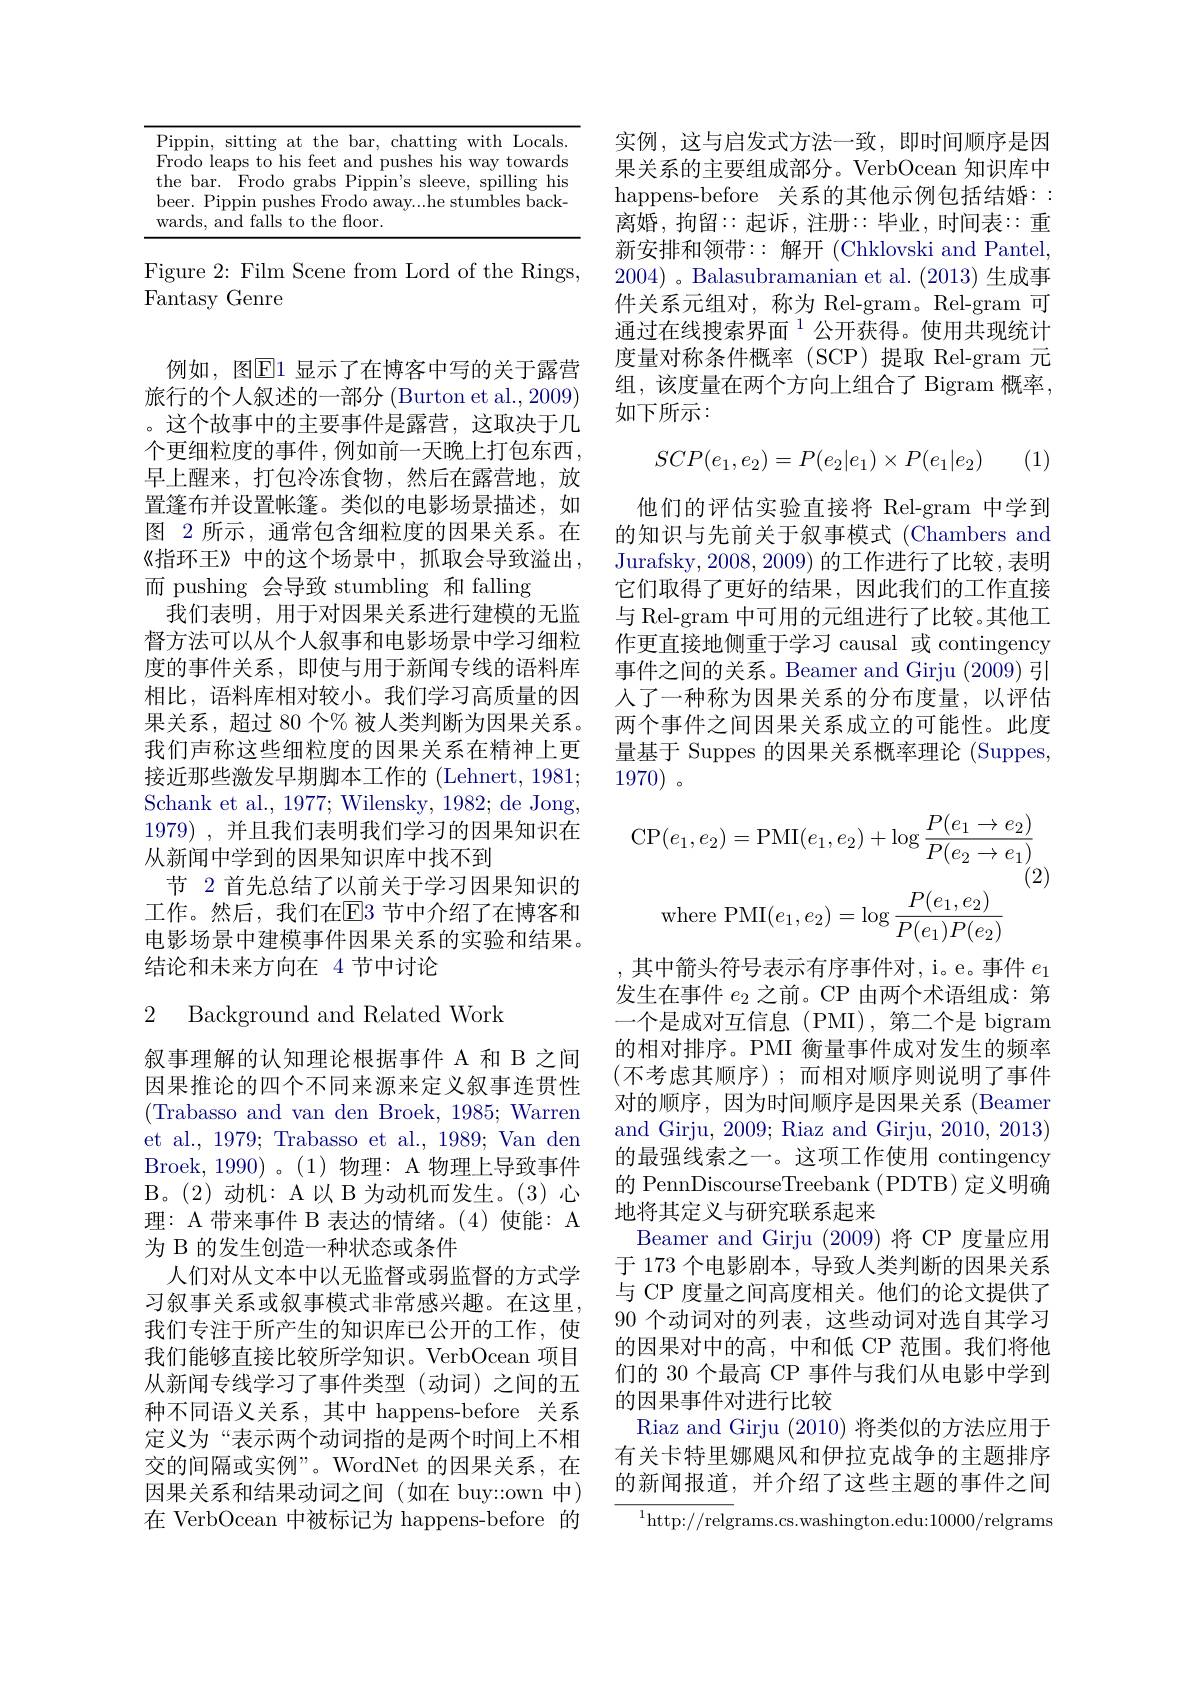
<table>
	<tbody>
		<tr>
			<td>D T 1 1 1</td>
			<td>with |.0cal bar</td>
		</tr>
	</tbody>
</table>

Figure 2: Film Scene from Lord of the Rings,
Fantasy Genre

例如，图$\overline{\mathbb{E}}$1 显示了在博客中写的关于露营旅行的个人叙述的一部分 (Burton et al., 2009) 。这个故事中的主要事件是露营，这取决于几个更细粒度的事件，例如前一天晚上打包东西， 早上醒来，打包冷冻食物，然后在露营地，放置篷布并设置帐篷。类似的电影场景描述，如图 2 所示 , 通常包含细粒度的因果关系。在《指环王》中的这个场景中，抓取会导致溢出， 而 pushing 会导致 stumbling 和 falling
我们表明，用于对因果关系进行建模的无监督方法可以从个人叙事和电影场景中学习细粒度的事件关系，即使与用于新闻专线的语料库相比，语料库相对较小。我们学习高质量的因果关系，超过 80 个% 被人类判断为因果关系。我们声称这些细粒度的因果关系在精神上更接近那些激发早期脚本工作的 (Lehnert, 1981; Schank et al., 1977; Wilensky, 1982; de Jong, 1979) , 并且我们表明我们学习的因果知识在从新闻中学到的因果知识库中找不到
节 2 首先总结了以前关于学习因果知识的工作。然后，我们在$\overline{\mathrm{E}}$3 节中介绍了在博客和电影场景中建模事件因果关系的实验和结果。结论和未来方向在 4 节中讨论

### 2 Background and Related Work

叙事理解的认知理论根据事件 A 和 B 之间因果推论的四个不同来源来定义叙事连贯性(Trabasso and van den Broek, 1985; Warren et al., 1979; Trabasso et al., 1989; Van den Broek,1990)。(1)物理：A 物理上导致事件B。( 2) 动机：A以 B 为动机而发生。(3)心理：A 带来事件 B 表达的情绪。(4)使能：A 为 B 的发生创造一种状态或条件
人们对从文本中以无监督或弱监督的方式学习叙事关系或叙事模式非常感兴趣。在这里， 我们专注于所产生的知识库已公开的工作，使我们能够直接比较所学知识。VerbOcean 项目从新闻专线学习了事件类型(动词)之间的五种不同语义关系，其中 happens-before 关系定义为“表示两个动词指的是两个时间上不相交的间隔或实例”。WordNet 的因果关系，在因果关系和结果动词之间(如在 buy::own 中) 在 VerbOcean 中被标记为 happens-before 的

实例，这与启发式方法一致，即时间顺序是因果关系的主要组成部分。VerbOcean 知识库中happens-before 关系的其他示例包括结婚：: 离婚，拘留$\because$起诉，注册$\because$毕业，时间表$\because$重新安排和领带：:解开(Chklovski and Pantel, 2004) 。Balasubramanian et al. (2013)生成事件关系元组对，称为 Rel-gram。Rel-gram 可通过在线搜索界面$^{1}$公开获得。使用共现统计度量对称条件概率(SCP)提取 Rel-gram 元组，该度量在两个方向上组合了 Bigram 概率， 如下所示：

(1)
$$SCP(e_1,e_2)=P(e_2|e_1)\times P(e_1|e_2)$$
他们的评估实验直接将 Rel-gram 中学到的知识与先前关于叙事模式(Chambers and Jurafsky, 2008, 2009) 的工作进行了比较，表明它们取得了更好的结果，因此我们的工作直接与 Rel-gram 中可用的元组进行了比较。其他工作更直接地侧重于学习 causal 或 contingency 事件之间的关系。Beamer and Girju (2009) 引人了一种称为因果关系的分布度量，以评估两个事件之间因果关系成立的可能性。此度量基于 Suppes 的因果关系概率理论 (Suppes, 1970)。
$$\mathrm{CP}(e_1,e_2)=\mathrm{PMI}(e_1,e_2)+\log\frac{P(e_1\to e_2)}{P(e_2\to e_1)}$$
(2)
$$\text{where PMI}(e_1,e_2)=\log\frac{P(e_1,e_2)}{P(e_1)P(e_2)}$$
, 其中箭头符号表示有序事件对，i。e。事件 $e_1$ 发生在事件$e_2$之前。CP 由两个术语组成：第一个是成对互信息(PMI),第二个是 bigram 的相对排序。PMI 衡量事件成对发生的频率(不考虑其顺序);而相对顺序则说明了事件对的顺序，因为时间顺序是因果关系 (Beamer and Girju, 2009; Riaz and Girju, 2010, 2013) 的最强线索之一。这项工作使用 contingency 的 PennDiscourseTreebank (PDTB) 定义明确地将其定义与研究联系起来
Beamer and Girju (2009)将 CP 度量应用于 173 个电影剧本，导致人类判断的因果关系与 CP 度量之间高度相关。他们的论文提供了90个动词对的列表，这些动词对选自其学习的因果对中的高，中和低 CP 范围。我们将他们的 30 个最高 CP 事件与我们从电影中学到的因果事件对进行比较
Riaz and Girju (2010)将类似的方法应用于有关卡特里娜飓风和伊拉克战争的主题排序的新闻报道，并介绍了这些主题的事件之间
${^{1}\mathrm{http:}//\mathrm{relgrams.cs.washington.edu:10000/relgrams}}$